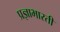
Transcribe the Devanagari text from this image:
प्रज्ञाभारती